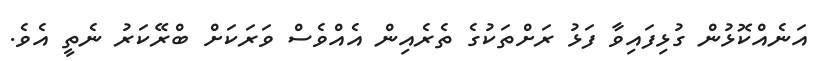
އަނެއްކޮޅުން ގުޅިފައިވާ ފަޅު ރަށްތަކުގެ ތެރެއިން އެއްވެސް ވަރަކަށް ބްރޭކަރު ނެތީ އެވެ.